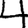
Digit: 4